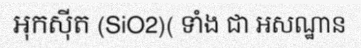
អុកស៊ីត (SiO2)( ទាំង ជា អសណ្ឋាន